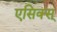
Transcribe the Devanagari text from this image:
एसिक्स्